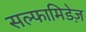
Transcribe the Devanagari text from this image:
सल्फामिडेज़